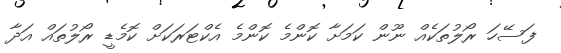
ފަސޭހަ ރޯލުތަކެއް ނޫން ކަމަށާ ކޮންމެ ކޮންމެ އެކްޓަރަކަށް ކޮމެޑީ ރޯލުތައް އަދާ